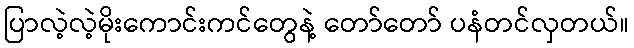
ပြာလဲ့လဲ့မိုးကောင်းကင်တွေနဲ့ တော်တော် ပနံတင်လှတယ်။